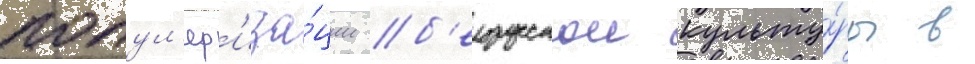
попул'яр'иза́ции б'елорусскои культу́ры в